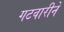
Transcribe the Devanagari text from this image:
गटवारीने